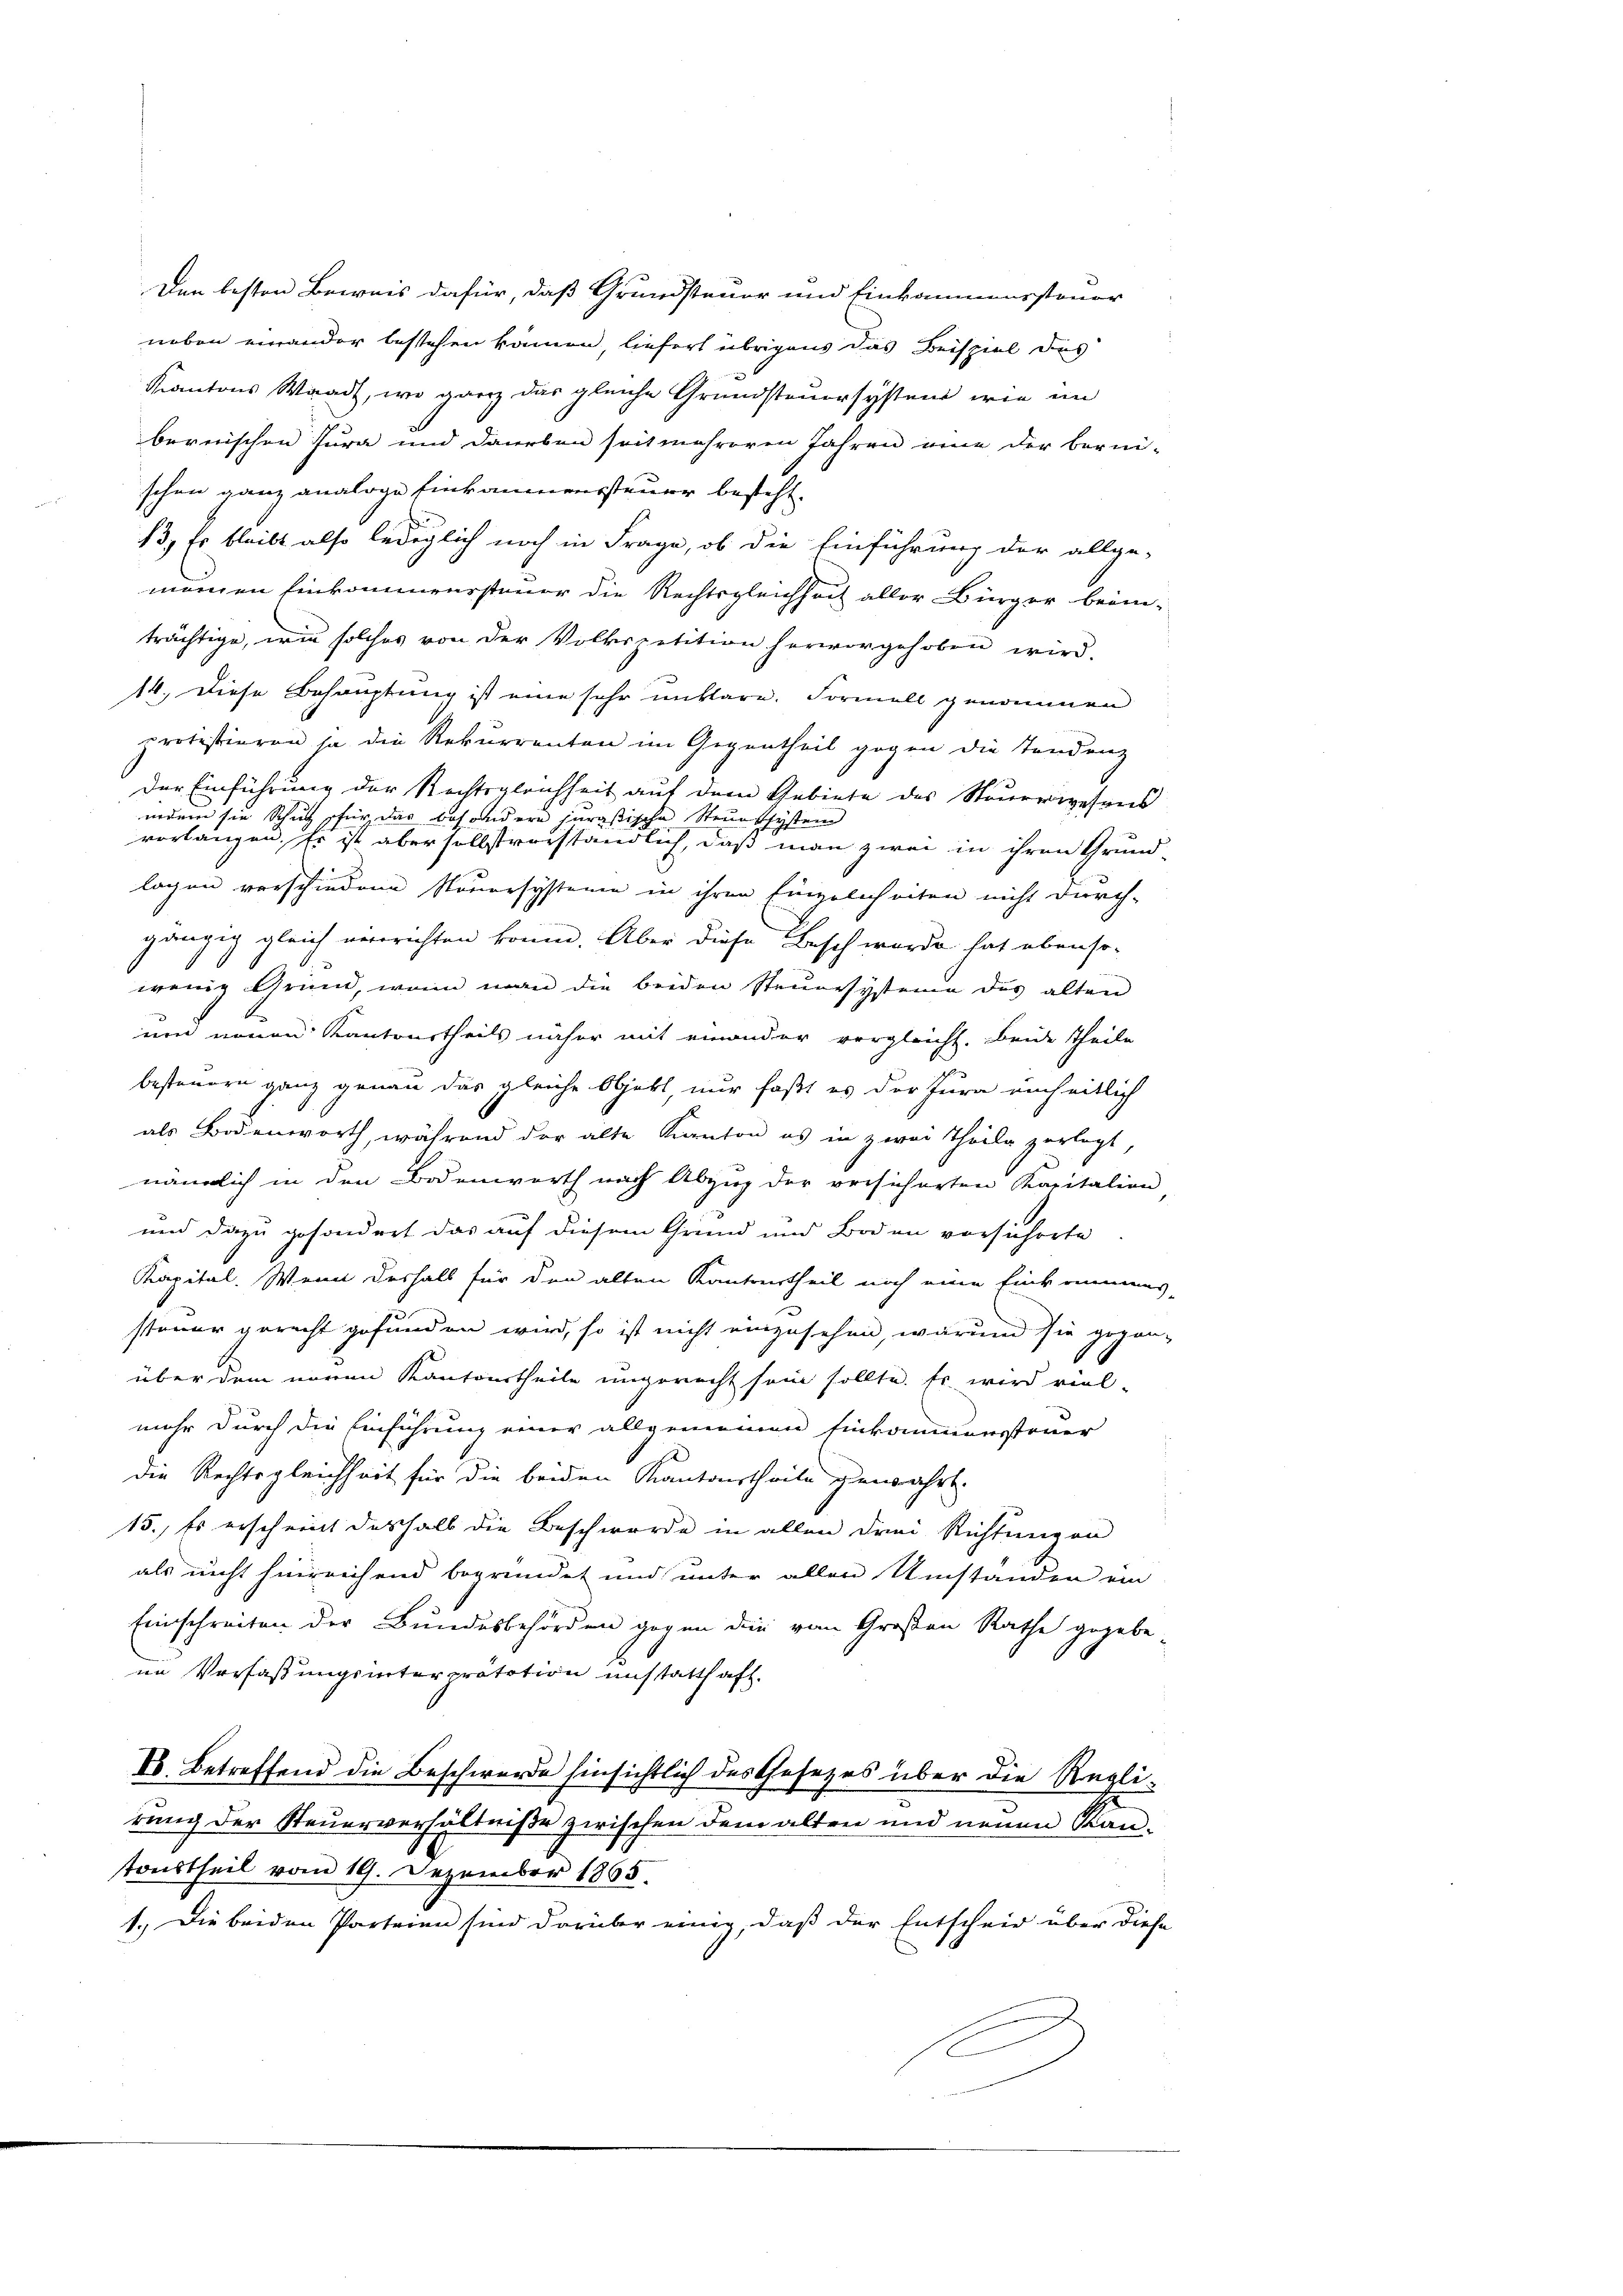
Kantons Waadt, wo ganz das gleiche Grundsteuersystem wie im
bernischen Jura und Daneben seit mehreren Jahren eine der berni-
schen ganz analoge Einkommenssteuer besteht.
13., Er bleibt also lediglich noch in Frage, ob die Einführung der allge-
mangen Einkommenssteuer die Rechtsgleichsuch aller Bürger bein-
trächtige, wie solches von der Volkspetition hervorgehoben wird.
14. Diese Behauptung ist eine sehr mittare. Formell genommen
protestieren ja die Rekurrenten im Gegentheil gegen die Tendenz
der Einführung der Rechtsgleichheit auf dem Gebiete des Steuerwesens
indem sie Schutz, für das besondere jurastische Steuersystem
vorlangen. Es ist aber sollst vorständlich, daß man zwei in ihren Grund-
logen verschiedene Nouersysteme in ihren Einzelnheiten nicht durch-
u ein
gänzig gleich verrichten könne. Aber diese Beschwerde hat ebenso-
wenig Grund, wenn man die beiden Steuresysteme des alten
und neuen Kantonstheils näher mit einander vergleicht. Beide Theile
besteuern ganz genau das gleiche Objekt, nur faßt es der Jura unheitlich
als Bodenworth, während der alte Kanton es in zwei Theile zerlegt,
nämlich in den Bodenwerth nach Abzug der versicherten Kapitalion,
und dazu gesondert das auf diesem Grund und Boden vorsicherte
Kapital. Wenn deshalb für den alten Kantonstheil noch eine Einkrummes-
steuer gerecht gefunden wird, so ist nicht einzusehen, warum sie gegen-
über dem neuen Kantonstheile ungerecht sein sollte. Er wird viel-
mehr durch die Einführung einer allgemeinen Einkomunersteuer
die Rechtsgleichheit für die beiden Kantonstheile gewährt.
15., Es erscheint deshalb die Beschwerde in allen drei Richtungen
als nicht hinreichend begründet und unter allen Umstanden ein
Einschreiten der Bundesbehörden gegen die von Großen Rathe gegebe
im Verfaßungsinterpretation unstatthaft.
B. Betreffend die Beschwerde hinsichtlich des Gesetzes über die Regli-
rung der Steuerverhältniße zwischen dem alten und neuen Kantonstheil vom 19. Dezember 1865.
1.) Die beiden Parteien sind darüber einig, daß der Entscheid über diese

Den besten Beweis dafür, daß Grundsteuer und Einkommenssteuer
neben einander bestehen können, liefert übrigens das Beispiel das